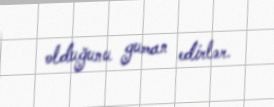
olduğunu guman edirlər.